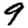
Digit: 9